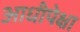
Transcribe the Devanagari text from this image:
आधीपेक्षा